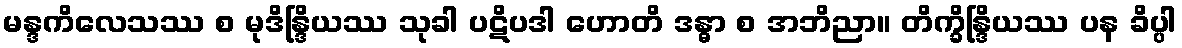
မန္ဒကိလေသဿ စ မုဒိန္ဒြိယဿ သုခါ ပဋိပဒါ ဟောတိ ဒန္ဓာ စ အဘိညာ။ တိက္ခိန္ဒြိယဿ ပန ခိပ္ပါ